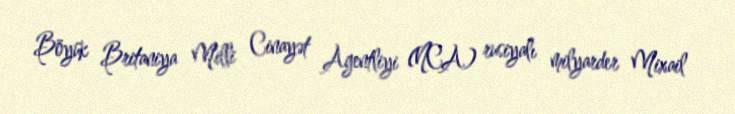
Böyük Britaniya Milli Cinayət Agentliyi (NCA) rusiyalı milyarder Mixail